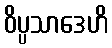
ဝိပ္ပသာဒေဟိ